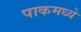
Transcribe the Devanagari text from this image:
पाकमध्ये